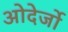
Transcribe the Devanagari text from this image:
ओदेर्जो